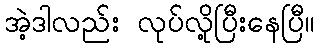
အဲ့ဒါလည်း လုပ်လို့ပြီးနေပြီ။